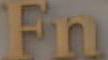
Fn